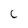
Character: C